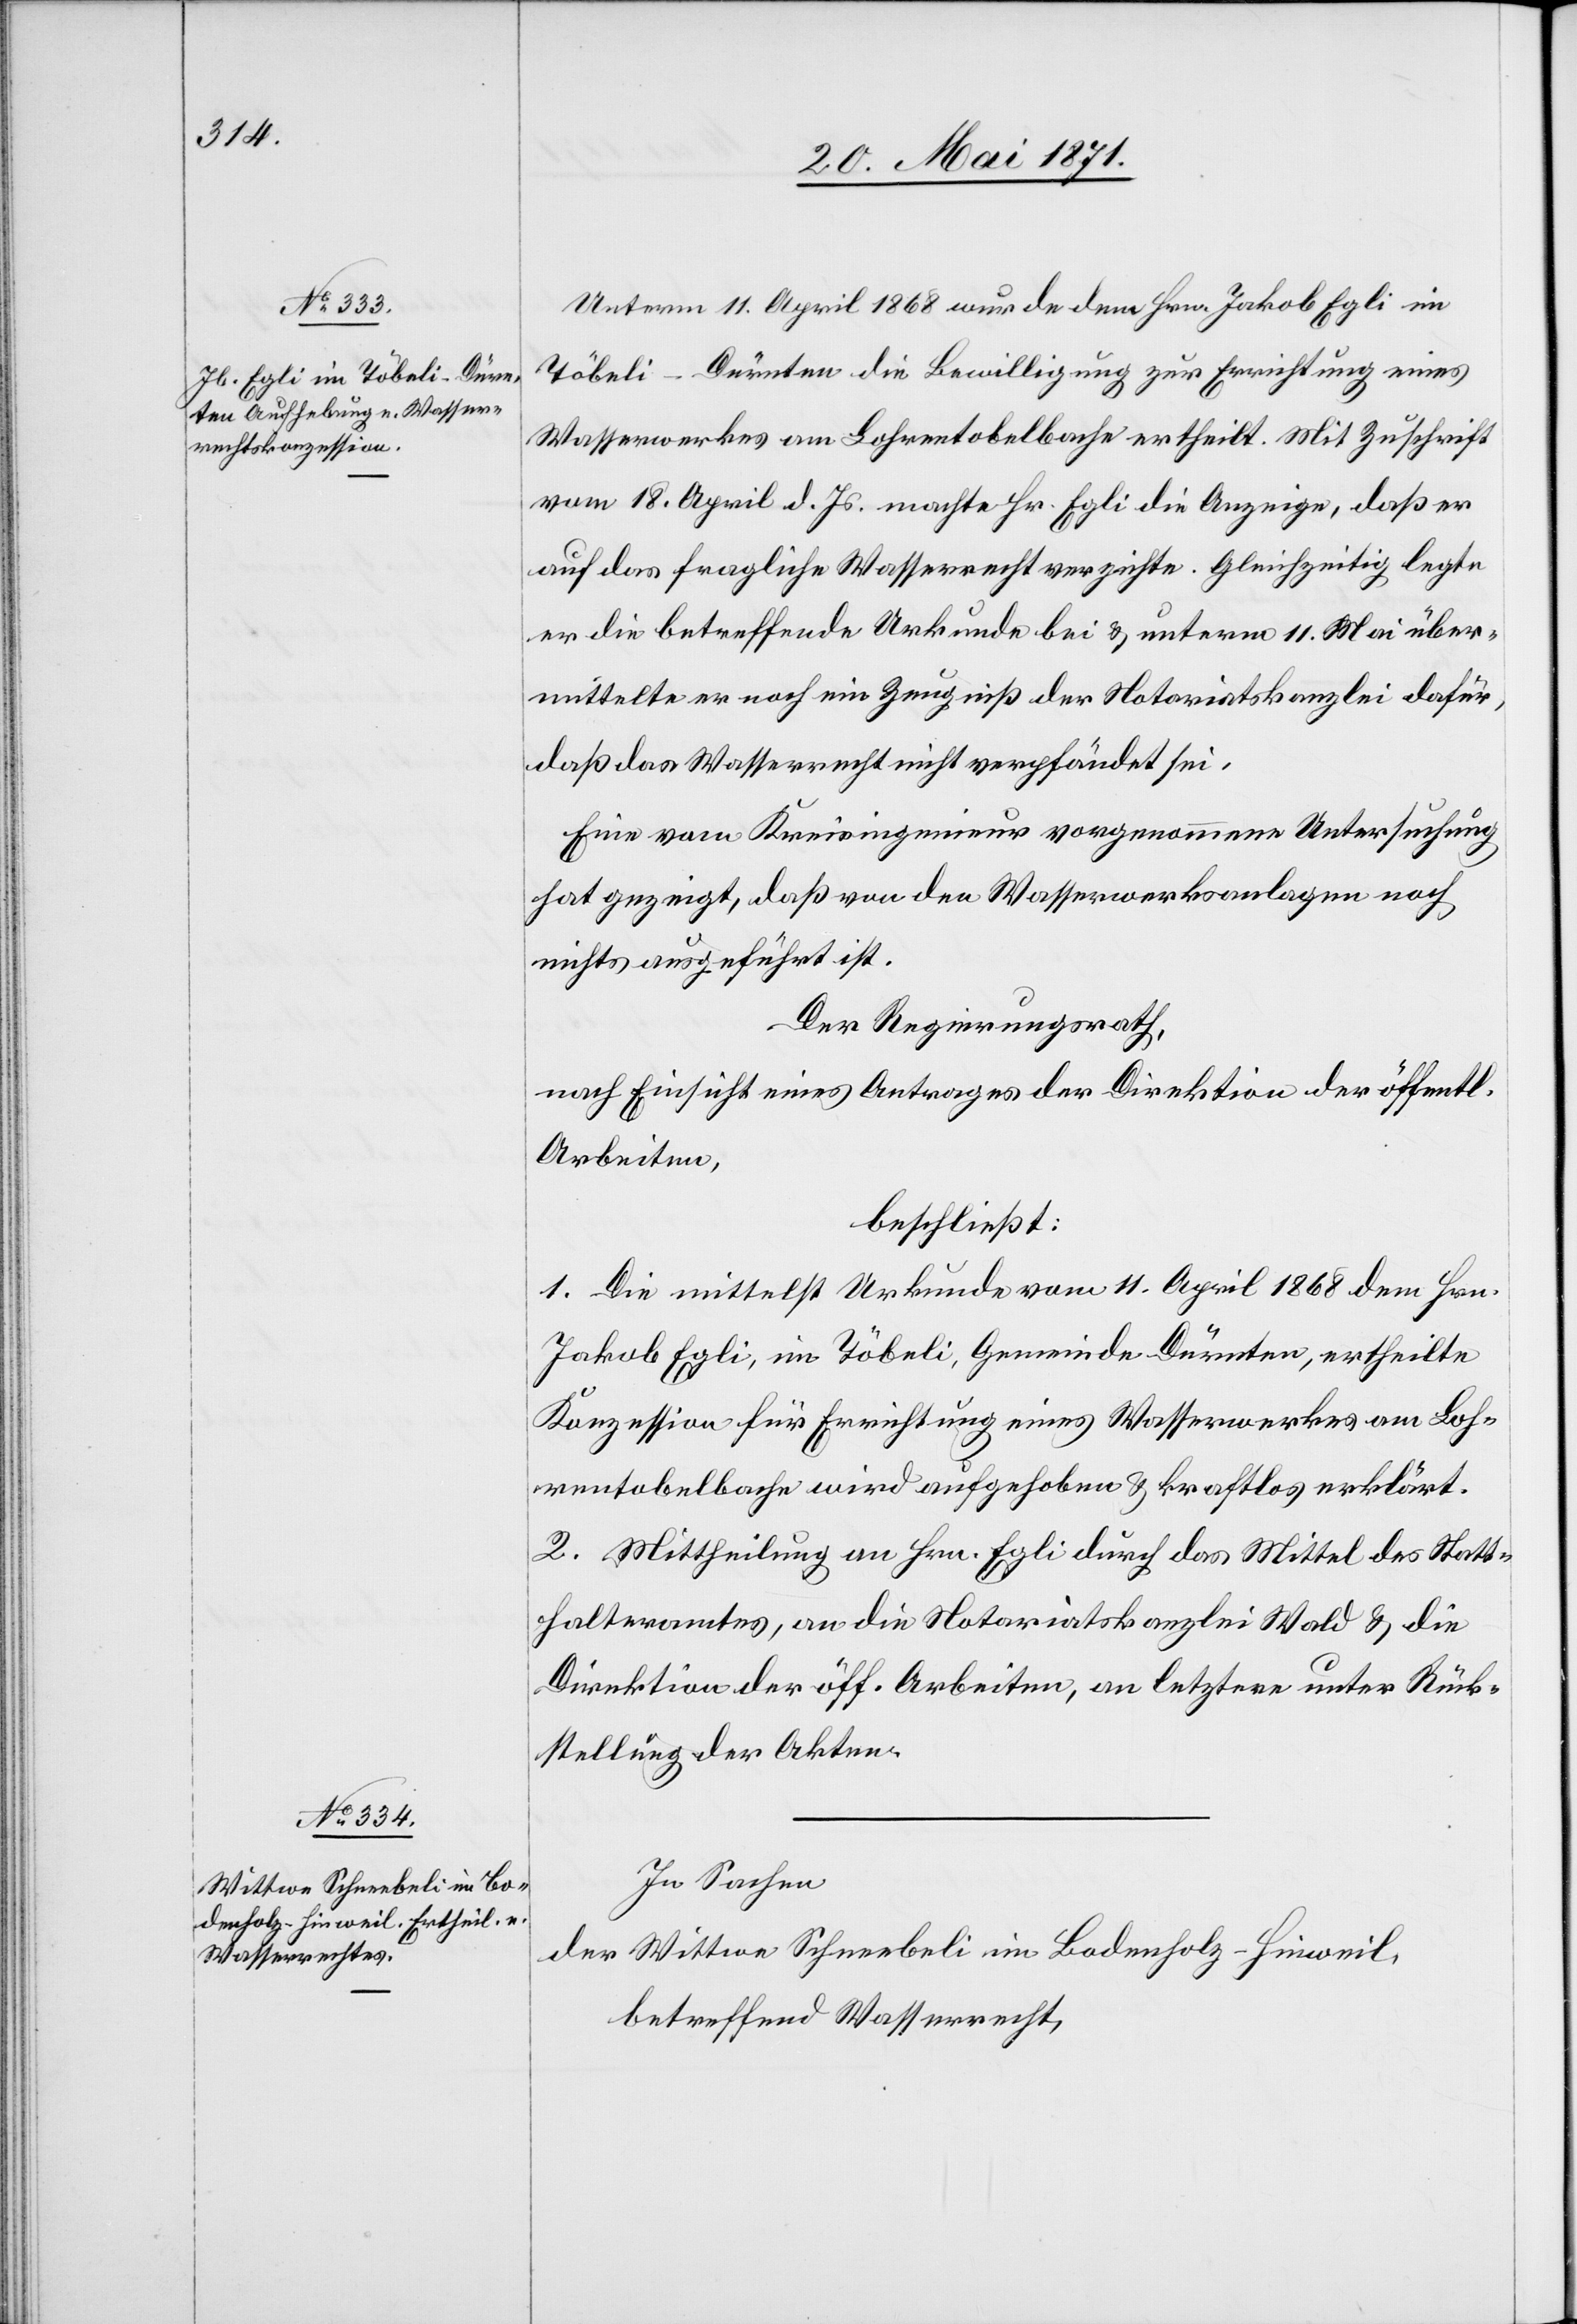
Unterm 11. April 1868 wurden dem Hrn. Jakob Egli im
Töbeli-Dürnten die Bewilligung zur Errichtung eines
Wasserwerkes am Lohrentobelbache ertheilt. Mit Zuschrift
vom 18. April d. Js. machte Hr. Egli die Anzeige, daß er
auf das fragliche Wasserrecht verzichte. Gleichzeitig legte
er die betreffende Urkunde bei u. unterm 11. Mai über¬
mittelte er noch ein Zeugniß der Notariatskanzlei dafür,
daß das Wasserrecht nicht verpfändet sei.
Eine vom Kreisingenieur vorgenommene Untersuchung
hat gezeigt, daß von den Wasserwerksanlagen noch
nichts ausgeführt ist.
Der Regierungsrath,
nach Einsicht eines Antrages der Direktion der öffentl.
Arbeiten,
beschließt:
1. Die mittelst Urkunde vom 11. April 1868 dem Hrn.
Jakob Egli, im Töbeli, Gemeinde Dürnten, ertheilte
Konzession für Errichtung eines Wasserwerkes am Loh¬
rentobelbache wird aufgehoben u. kraftlos erklärt.
2. Mittheilung an Hrn. Egli durch das Mittel des Statt¬
halteramtes, an die Notariatskanzlei Wald u. die
Direktion der öff. Arbeiten, an letztere unter Rück¬
stellung der Akten.
In Sachen
der Wittwe Schneebeli im Bodenholz-Hinweil,
betreffend Wasserrecht,